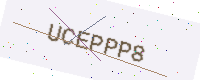
Text: UCEPPP8